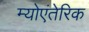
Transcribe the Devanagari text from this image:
म्योएंतेरिक